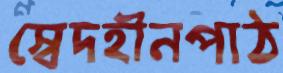
স্বেদহীনপাঠ